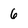
Character: 6